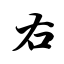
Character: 右